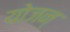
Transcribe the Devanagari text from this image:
योजन्